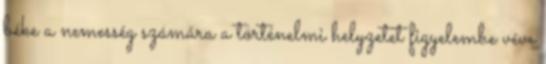
béke a nemesség számára a történelmi helyzetet figyelembe véve